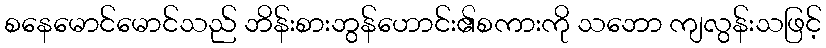
စနေမောင်မောင်သည် ဘိန်းစားဘွန်ဟောင်း၏စကားကို သဘော ကျလွန်းသဖြင့်